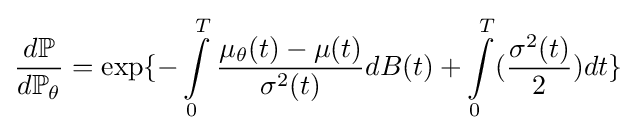
{\frac {d\mathbb {P} }{d\mathbb {P} _{\theta }}}=\exp\{-\int \limits _{0}^{T}{\frac {\mu _{\theta }(t)-\mu (t)}{\sigma ^{2}(t)}}dB(t)+\int \limits _{0}^{T}({\frac {\sigma ^{2}(t)}{2}})dt\}